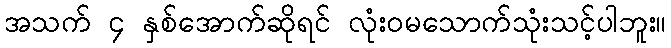
အသက် ၄ နှစ်အောက်ဆိုရင် လုံးဝမသောက်သုံးသင့်ပါဘူး။